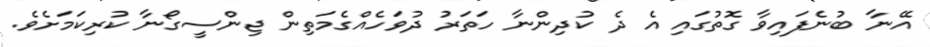
އޭނާ ބުނެފައިވާ ގޮތުގައި އެ ދެ ކުދިންނާ ހަތަރު ދުވަހެއްގެމަތިން ޖިންސީގޯނާ ކުރިކަމަށެވެ.